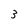
Character: 3